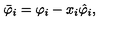
\bar { \varphi } _ { i } = \varphi _ { i } - x _ { i } \hat { \varphi } _ { i } ,